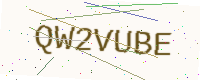
Text: QW2VUBE